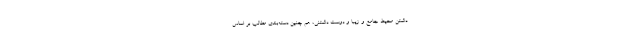
داشتن محیط جامع و زیبا و دوست داشتنی، هم چنین دسته‌بندی مطالب بر اساس